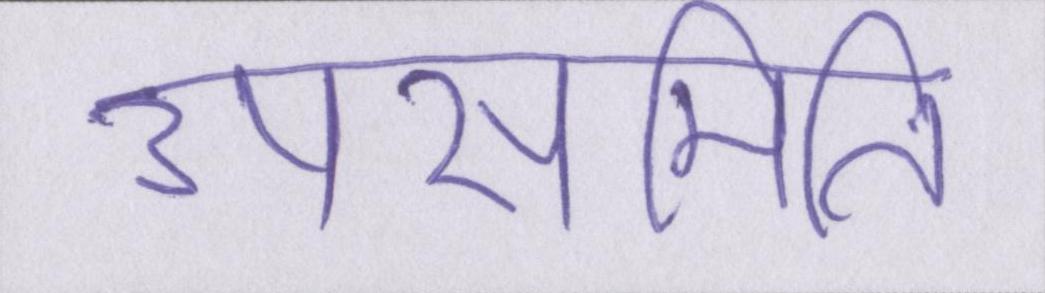
उपसमिति